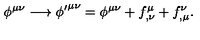
\phi ^ { \mu \nu } \longrightarrow { \phi ^ { \prime } } ^ { \mu \nu } = \phi ^ { \mu \nu } + f _ { , \nu } ^ { \mu } + f _ { , \mu } ^ { \nu } .